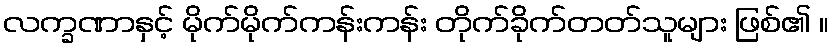
လက္ခဏာနှင့် မိုက်မိုက်ကန်းကန်း တိုက်ခိုက်တတ်သူများ ဖြစ်၏ ။